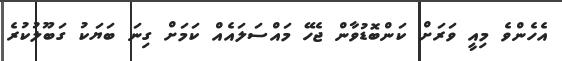
އެހެންވެ މިއީ ވަރަށް ކަންބޮޑުވާން ޖެހޭ މައްސަލައެެއް ކަމަށް ގިނަ ބަޔަކު ގަބޫލުކުރެ